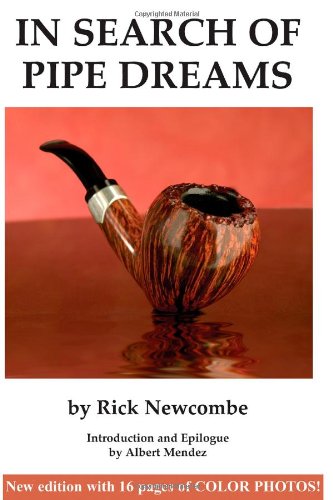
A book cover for In Search of Pipe Dreams; Rick Newcombe; Humor & Entertainment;